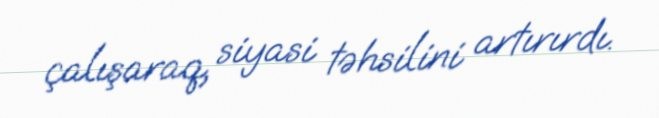
çalışaraq, siyasi təhsilini artırırdı.